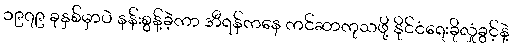
၁၉၇၉ ခုနှစ်မှာပဲ နန်းစွန့်ခဲ့ကာ အီရန်ကနေ ကင်ဆာကုသဖို့ နိုင်ငံရေးခိုလှုံခွင့်နဲ့